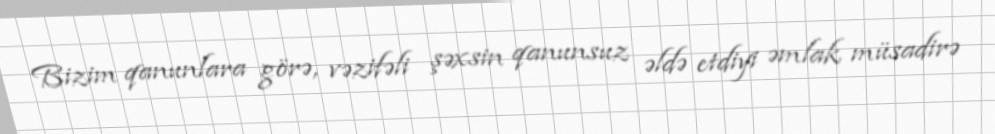
Bizim qanunlara görə, vəzifəli şəxsin qanunsuz əldə etdiyi əmlak müsadirə